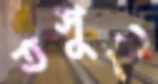
তসুই